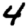
Digit: 4